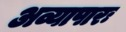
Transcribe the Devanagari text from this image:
अव्यापारः